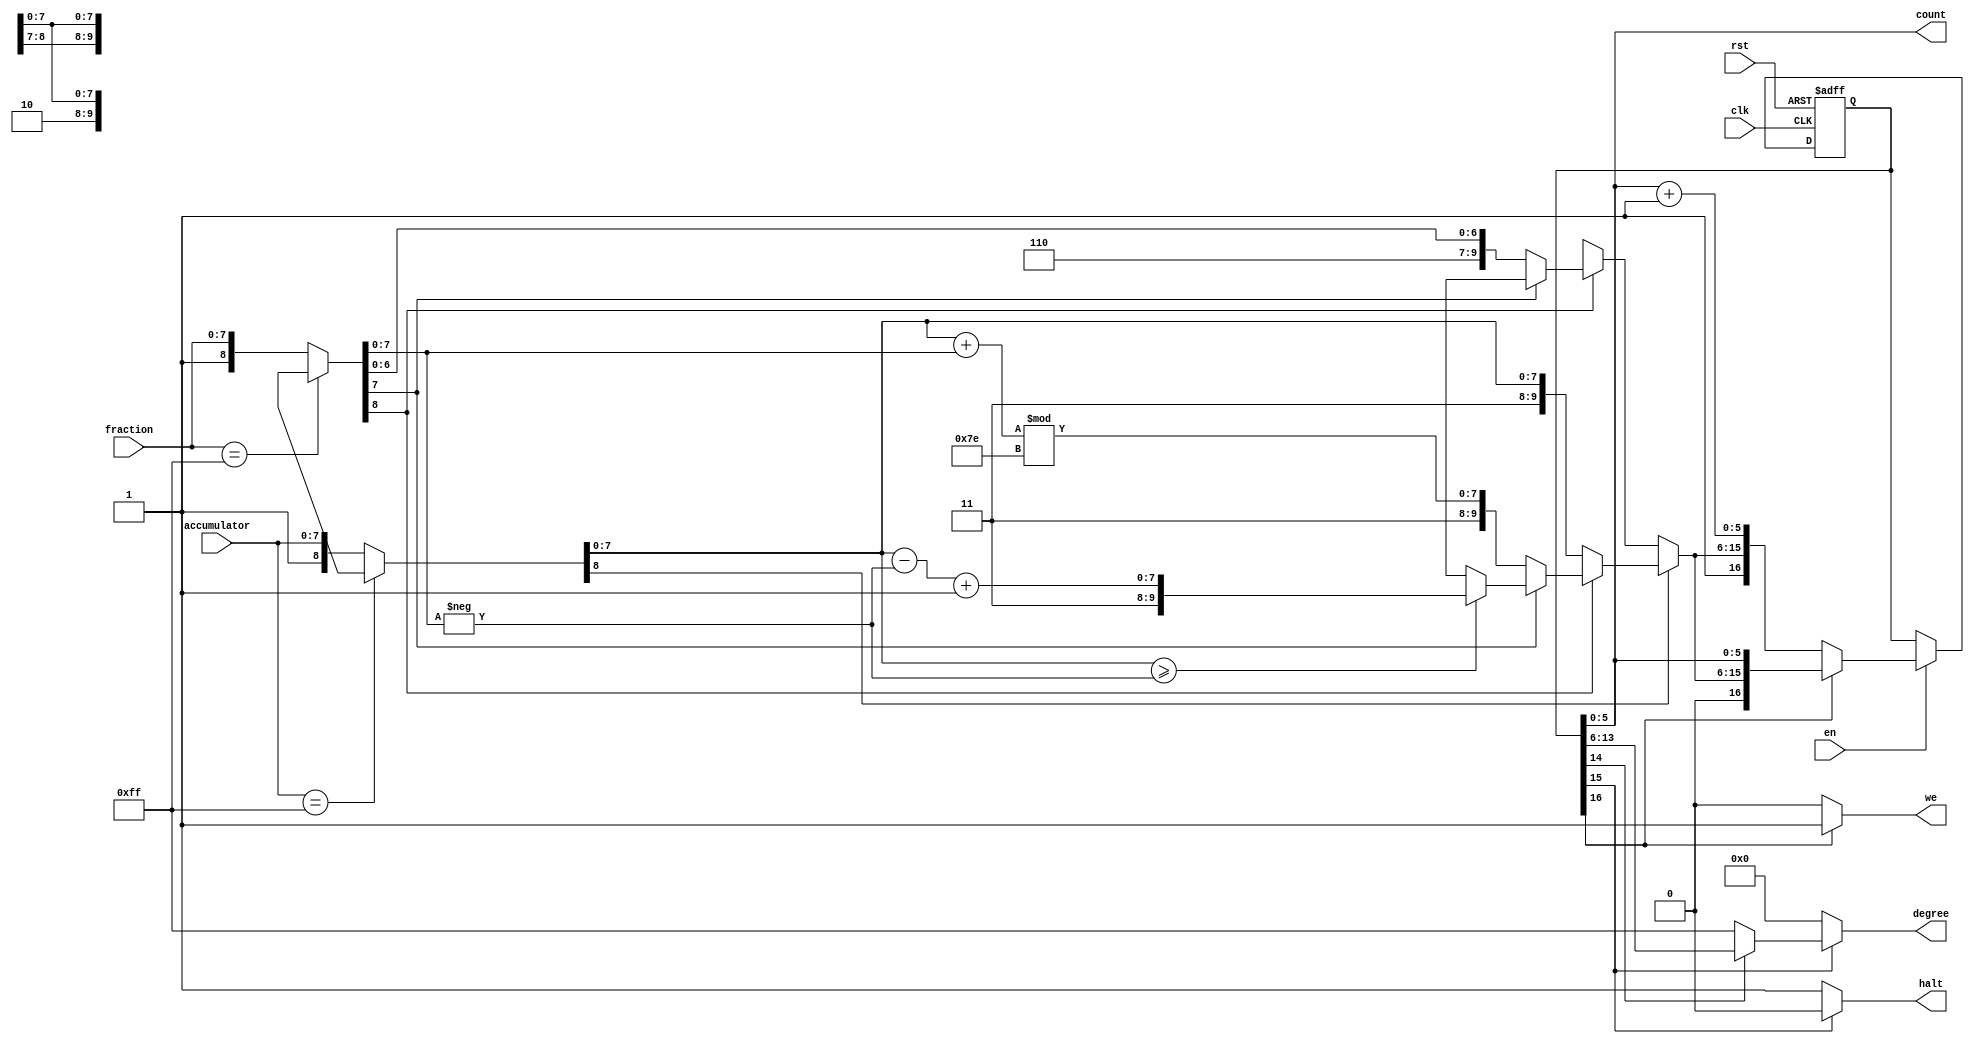
/* AUTOMATICALLY GENERATED VERILOG-2001 SOURCE CODE.
** GENERATED BY CLASH 1.6.3. DO NOT MODIFY.
*/
module Fractran
    ( // Inputs
      input [7:0] accumulator
    , input [7:0] fraction
    , input  clk // clock
    , input  rst // reset
    , input  en // enable

      // Outputs
    , output wire [7:0] degree
    , output wire  we
    , output wire  halt
    , output wire [5:0] count
    );
  // src/Fractran.hs:148:1-9
  wire [17:0] \input ;
  // src/Fractran.hs:120:1-88
  reg [16:0] s1 = {1'd0,   {1'b1,{1'b1,8'b00000000}},   6'b000000};
  wire [7:0] c$case_alt_0;
  wire [7:0] c$app_arg;
  wire  c$app_arg_0;
  wire [0:0] c$app_arg_1;
  // src/Fractran.hs:37:3-6
  wire [7:0] a;
  // src/Fractran.hs:107:1-6
  wire [8:0] v;
  wire [16:0] result;
  wire [9:0] result_0;
  wire [9:0] c$case_alt_1;
  wire [9:0] c$case_alt_2;
  wire [9:0] c$case_alt_3;
  wire [9:0] c$case_alt_4;
  // src/Fractran.hs:56:7-8
  wire [7:0] ipv;
  wire [7:0] c$app_arg_2;
  wire [9:0] c$case_alt_5;
  wire  c$case_scrut;
  // src/Fractran.hs:56:7-8
  wire [7:0] f;
  // src/Fractran.hs:81:1-6
  wire [8:0] f_0;
  // src/Fractran.hs:81:1-6
  wire [8:0] a_0;
  // src/Fractran.hs:148:1-9
  reg [8:0] c$input_app_arg;
  // src/Fractran.hs:148:1-9
  reg [8:0] c$input_app_arg_0;
  wire [9:0] c$app_arg_selection_1;
  wire [9:0] c$app_arg_selection_6;
  wire [7:0] c$bv;
  wire [15:0] c$case_alt;

  assign \input  = {c$input_app_arg_0,
                    c$input_app_arg};

  // register begin
  always @(posedge clk or  posedge  rst) begin : s1_register
    if ( rst) begin
      s1 <= {1'd0,   {1'b1,{1'b1,8'b00000000}},   6'b000000};
    end else if (en) begin
      s1 <= result;
    end
  end
  // register end

  assign c$case_alt_0 = v[8:8] ? (a) : 8'b11111111;

  assign c$app_arg_selection_1 = s1[15:6];

  assign c$app_arg = c$app_arg_selection_1[9:9] ? c$case_alt_0 : (8'b00000000);

  assign c$app_arg_0 = s1[16:16] ? (1'b1) : (1'b0);

  assign c$app_arg_selection_6 = s1[15:6];

  assign c$app_arg_1 = c$app_arg_selection_6[9:9] ? 1'b0 : 1'b1;

  assign c$case_alt = {c$app_arg,   c$app_arg_0,
                       (c$app_arg_1),   s1[5:0]};

  assign a = v[7:0];

  assign v = s1[14:6];

  assign result = s1[16:16] ? {1'd0,   result_0,
                               s1[5:0]} : {1'd1,   result_0,
                                           s1[5:0] + 6'b000001};

  assign result_0 = a_0[8:8] ? c$case_alt_1 : c$case_alt_2;

  assign c$case_alt_1 = f_0[8:8] ? c$case_alt_3 : {1'b1,a_0};

  assign c$case_alt_2 = f_0[8:8] ? c$case_alt_5 : {1'b1,{1'b0,8'bxxxxxxxx}};

  assign c$case_alt_3 = c$case_scrut ? {1'b1,{1'b1,(ipv + f) % 8'b01111110}} : c$case_alt_4;

  assign c$case_alt_4 = (ipv >= c$app_arg_2) ? {1'b1,{1'b1,(ipv - c$app_arg_2) + 8'b00000001}} : {1'b0,9'bxxxxxxxxx};

  assign ipv = a_0[7:0];

  assign c$app_arg_2 = -f;

  assign c$case_alt_5 = c$case_scrut ? {1'b1,{1'b1,f}} : {1'b0,9'bxxxxxxxxx};

  assign c$bv = (f);

  assign c$case_scrut = ( c$bv[8-1] ) == (1'b0);

  assign f = f_0[7:0];

  assign f_0 = \input [8:0];

  assign a_0 = \input [17:9];

  always @(*) begin
    case(fraction)
      8'b11111111 : c$input_app_arg = {1'b0,8'bxxxxxxxx};
      default : c$input_app_arg = {1'b1,fraction};
    endcase
  end

  always @(*) begin
    case(accumulator)
      8'b11111111 : c$input_app_arg_0 = {1'b0,8'bxxxxxxxx};
      default : c$input_app_arg_0 = {1'b1,accumulator};
    endcase
  end

  assign degree = c$case_alt[15:8];

  assign we = c$case_alt[7:7];

  assign halt = c$case_alt[6:6];

  assign count = c$case_alt[5:0];


endmodule